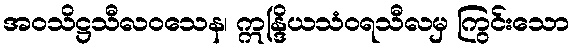
အဝသိဋ္ဌသီလဝသေန၊ ဣန္ဒြိယသံဝရသီလမှ ကြွင်းသော